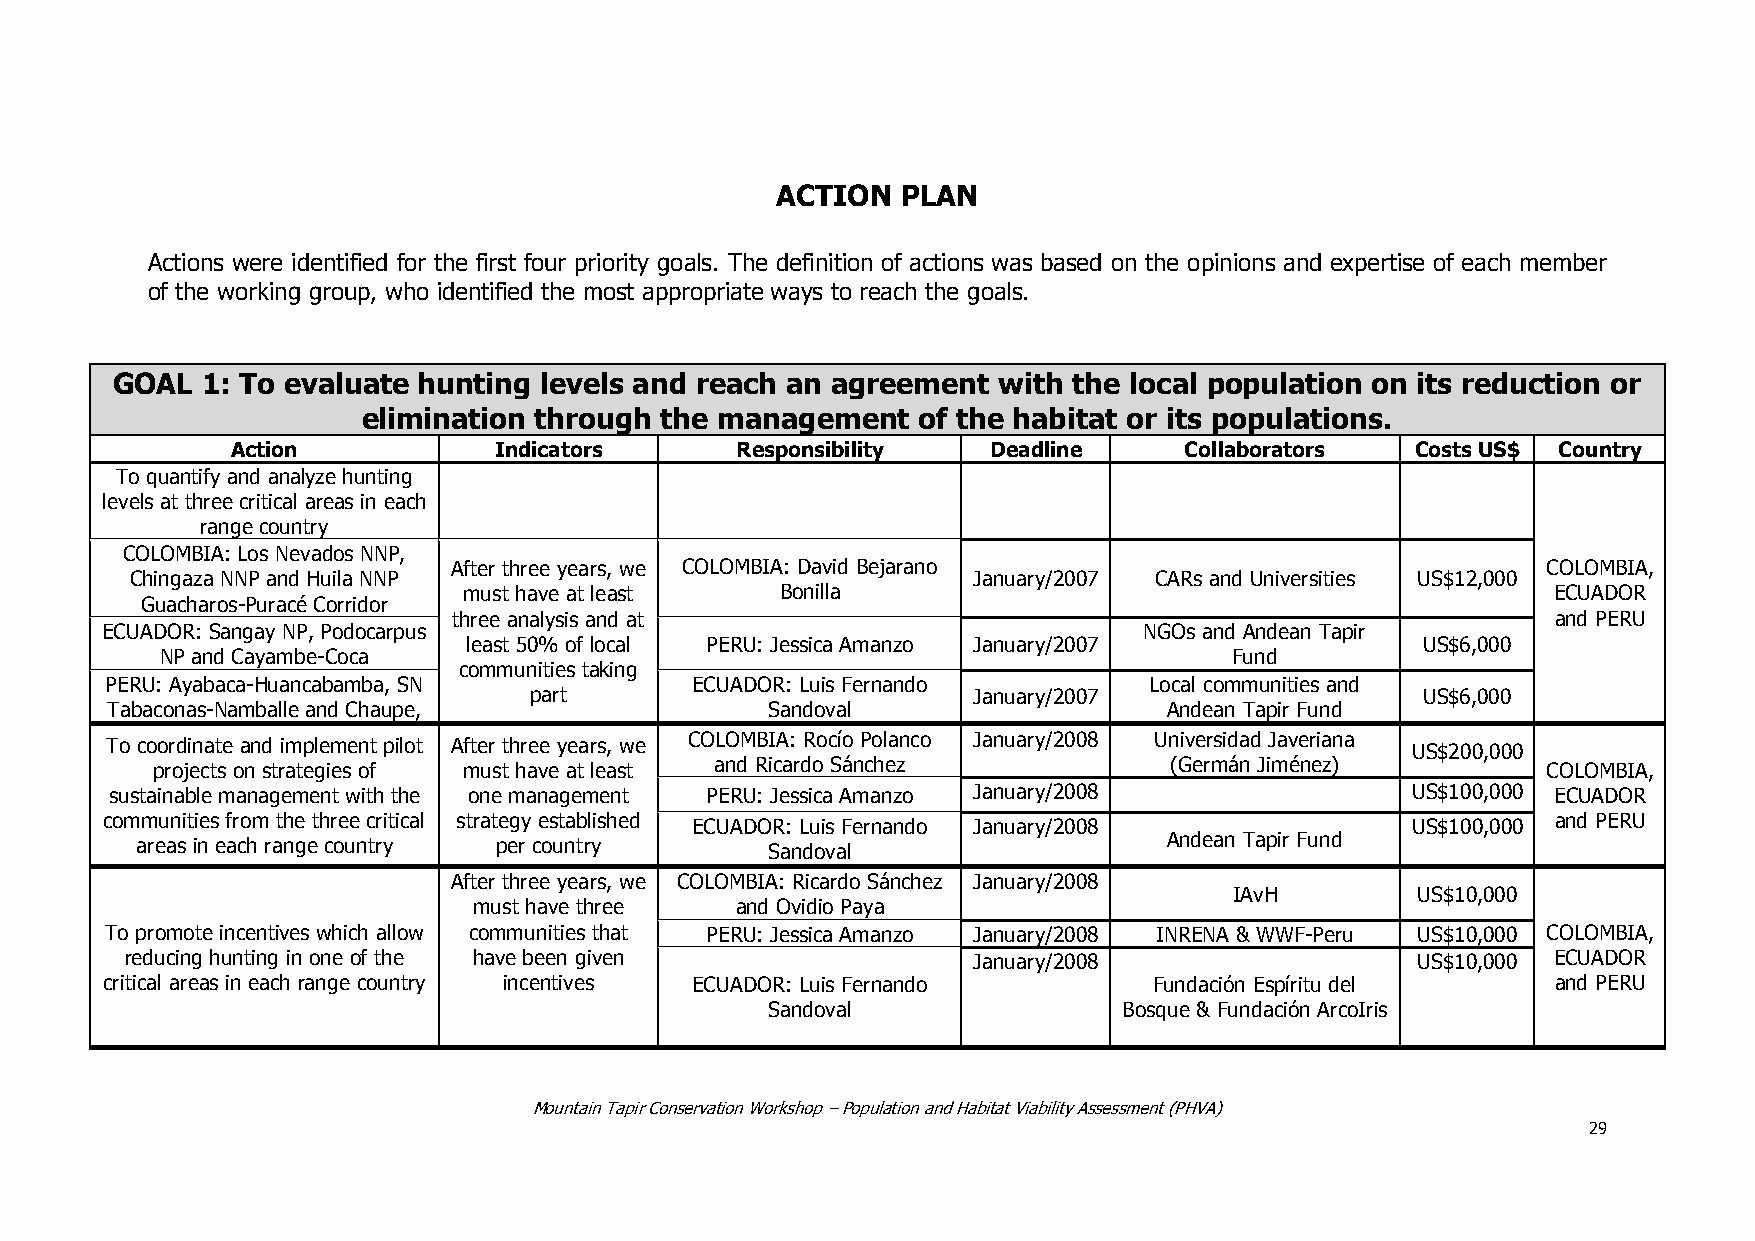
ACTION   PLAN
 Actions were identified for the first four priority goals. The definition of actions was based on the opinions and expertise of each member
 of the working group, who identified the most appropriate ways to reach the goals.
 GOAL  1: To evaluate hunting levels and reach an agreement with the local population on its reduction or
 elimination through the management   of the habitat or its populations.
 Action            Indicators      Responsibility  Deadline     Collaborators   Costs US$ Country
 To quantify and analyze hunting
 levels at three critical areas in each
 range country
 COLOMBIA: Los Nevados NNP,
 After three years, we COLOMBIA: David Bejarano                          COLOMBIA,
 Chingaza NNP and Huila NNP                             January/2007 CARs and Universities US$12,000
 must have at least   Bonilla                                            ECUADOR
 Guacharos-Puracé Corridor
 three analysis and at                                                    and PERU
 ECUADOR: Sangay NP, Podocarpus                                       NGOs and Andean Tapir
 least 50% of local PERU: Jessica Amanzo January/2007           US$6,000
 NP and Cayambe-Coca                                                    Fund
 communities taking
 PERU: Ayabaca-Huancabamba, SN          ECUADOR: Luis Fernando        Local communities and
 part                         January/2007                  US$6,000
 Tabaconas-Namballe and Chaupe,              Sandoval                  Andean Tapir Fund
 To coordinate and implement pilot After three years, we COLOMBIA: Rocío Polanco January/2008 Universidad Javeriana
 US$200,000
 projects on strategies of must have at least and Ricardo Sánchez   (Germán Jiménez)         COLOMBIA,
 sustainable management with the one management PERU: Jessica Amanzo January/2008      US$100,000 ECUADOR
 communities from the three critical strategy established ECUADOR: Luis Fernando January/2008 US$100,000 and PERU
 Andean Tapir Fund
 areas in each range country per country   Sandoval
 After three years, we COLOMBIA: Ricardo Sánchez January/2008
 IAvH        US$10,000
 must have three   and Ovidio Paya
 To promote incentives which allow communities that PERU: Jessica Amanzo January/2008 INRENA & WWF-Peru US$10,000 COLOMBIA,
 reducing hunting in one of the have been given          January/2008                  US$10,000 ECUADOR
 critical areas in each range country incentives ECUADOR: Luis Fernando Fundación Espíritu del   and PERU
 Sandoval               Bosque & Fundación ArcoIris
 Mountain Tapir Conservation Workshop – Population and Habitat Viability Assessment (PHVA)
 29